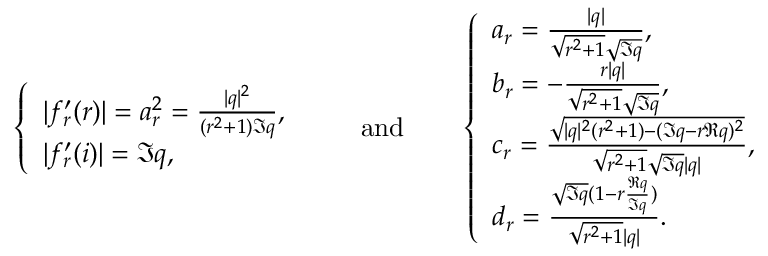
\left\{ \begin{array} { l l } { | f _ { r } ^ { \prime } ( r ) | = a _ { r } ^ { 2 } = \frac { | q | ^ { 2 } } { ( r ^ { 2 } + 1 ) \Im q } , } \\ { | f _ { r } ^ { \prime } ( i ) | = \Im q , } \end{array} \right. \qquad \mathrm { a n d } \qquad \left\{ \begin{array} { l l } { a _ { r } = \frac { | q | } { \sqrt { r ^ { 2 } + 1 } \sqrt { \Im q } } , } \\ { b _ { r } = - \frac { r | q | } { \sqrt { r ^ { 2 } + 1 } \sqrt { \Im q } } , } \\ { c _ { r } = \frac { \sqrt { | q | ^ { 2 } ( r ^ { 2 } + 1 ) - ( \Im q - r \Re q ) ^ { 2 } } } { \sqrt { r ^ { 2 } + 1 } \sqrt { \Im q } | q | } , } \\ { d _ { r } = \frac { \sqrt { \Im q } ( 1 - r \frac { \Re q } { \Im q } ) } { \sqrt { r ^ { 2 } + 1 } | q | } . } \end{array} \right.